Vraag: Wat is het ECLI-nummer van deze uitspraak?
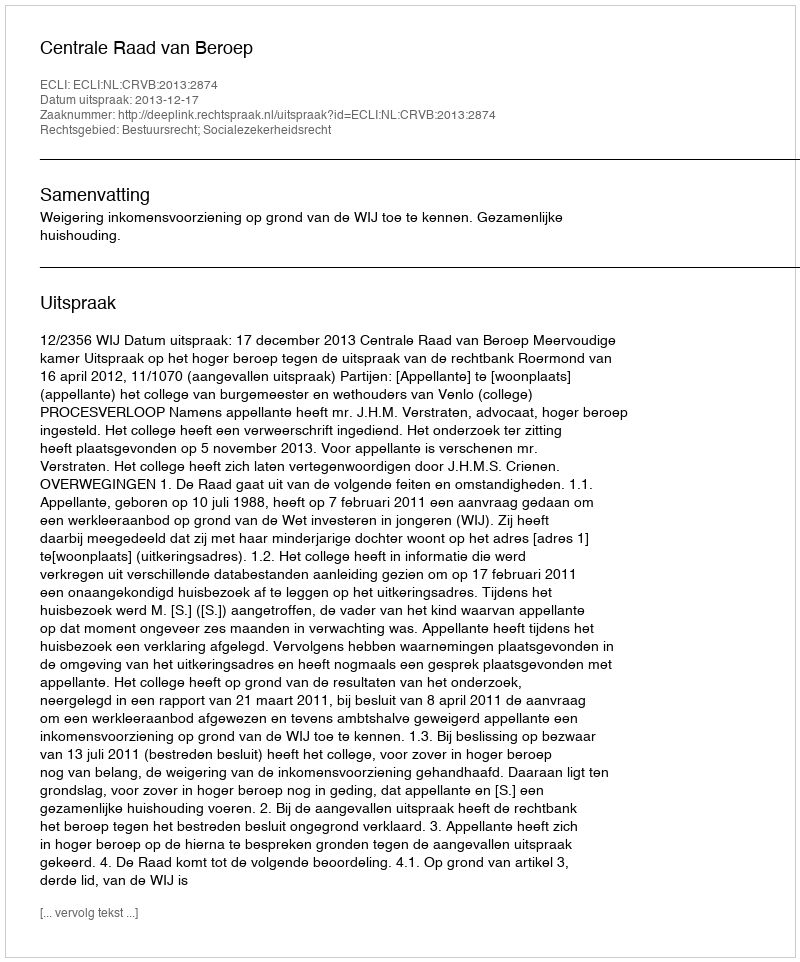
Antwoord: ECLI:NL:CRVB:2013:2874